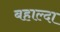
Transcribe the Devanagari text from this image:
बहाल्दा